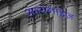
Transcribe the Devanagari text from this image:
आयनाइज़